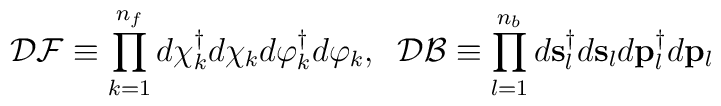
{\mathcal{D}}{\mathcal{F}}\equiv\prod\limits_{k=1}^{n_f}d{\bf{\chi}}_k^{\dag}d{\bf{\chi}}_kd{\bf{\varphi}}^{\dag}_kd{\bf{\varphi}}_k,\;\;{\mathcal{D}}{\mathcal{B}}\equiv\prod\limits_{l=1}^{n_b}d{\bf{s}}_l^{\dag}d{\bf{s}}_ld{\bf{p}}^{\dag}_ld{\bf{p}}_l